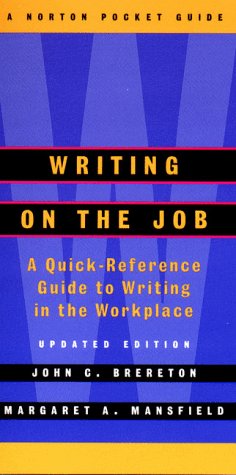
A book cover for Writing on the Job: A Norton Pocket Guide (Updated Edition)  (Norton Pocket Guides); John Brereton; Business & Money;